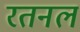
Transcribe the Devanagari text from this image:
रतनल